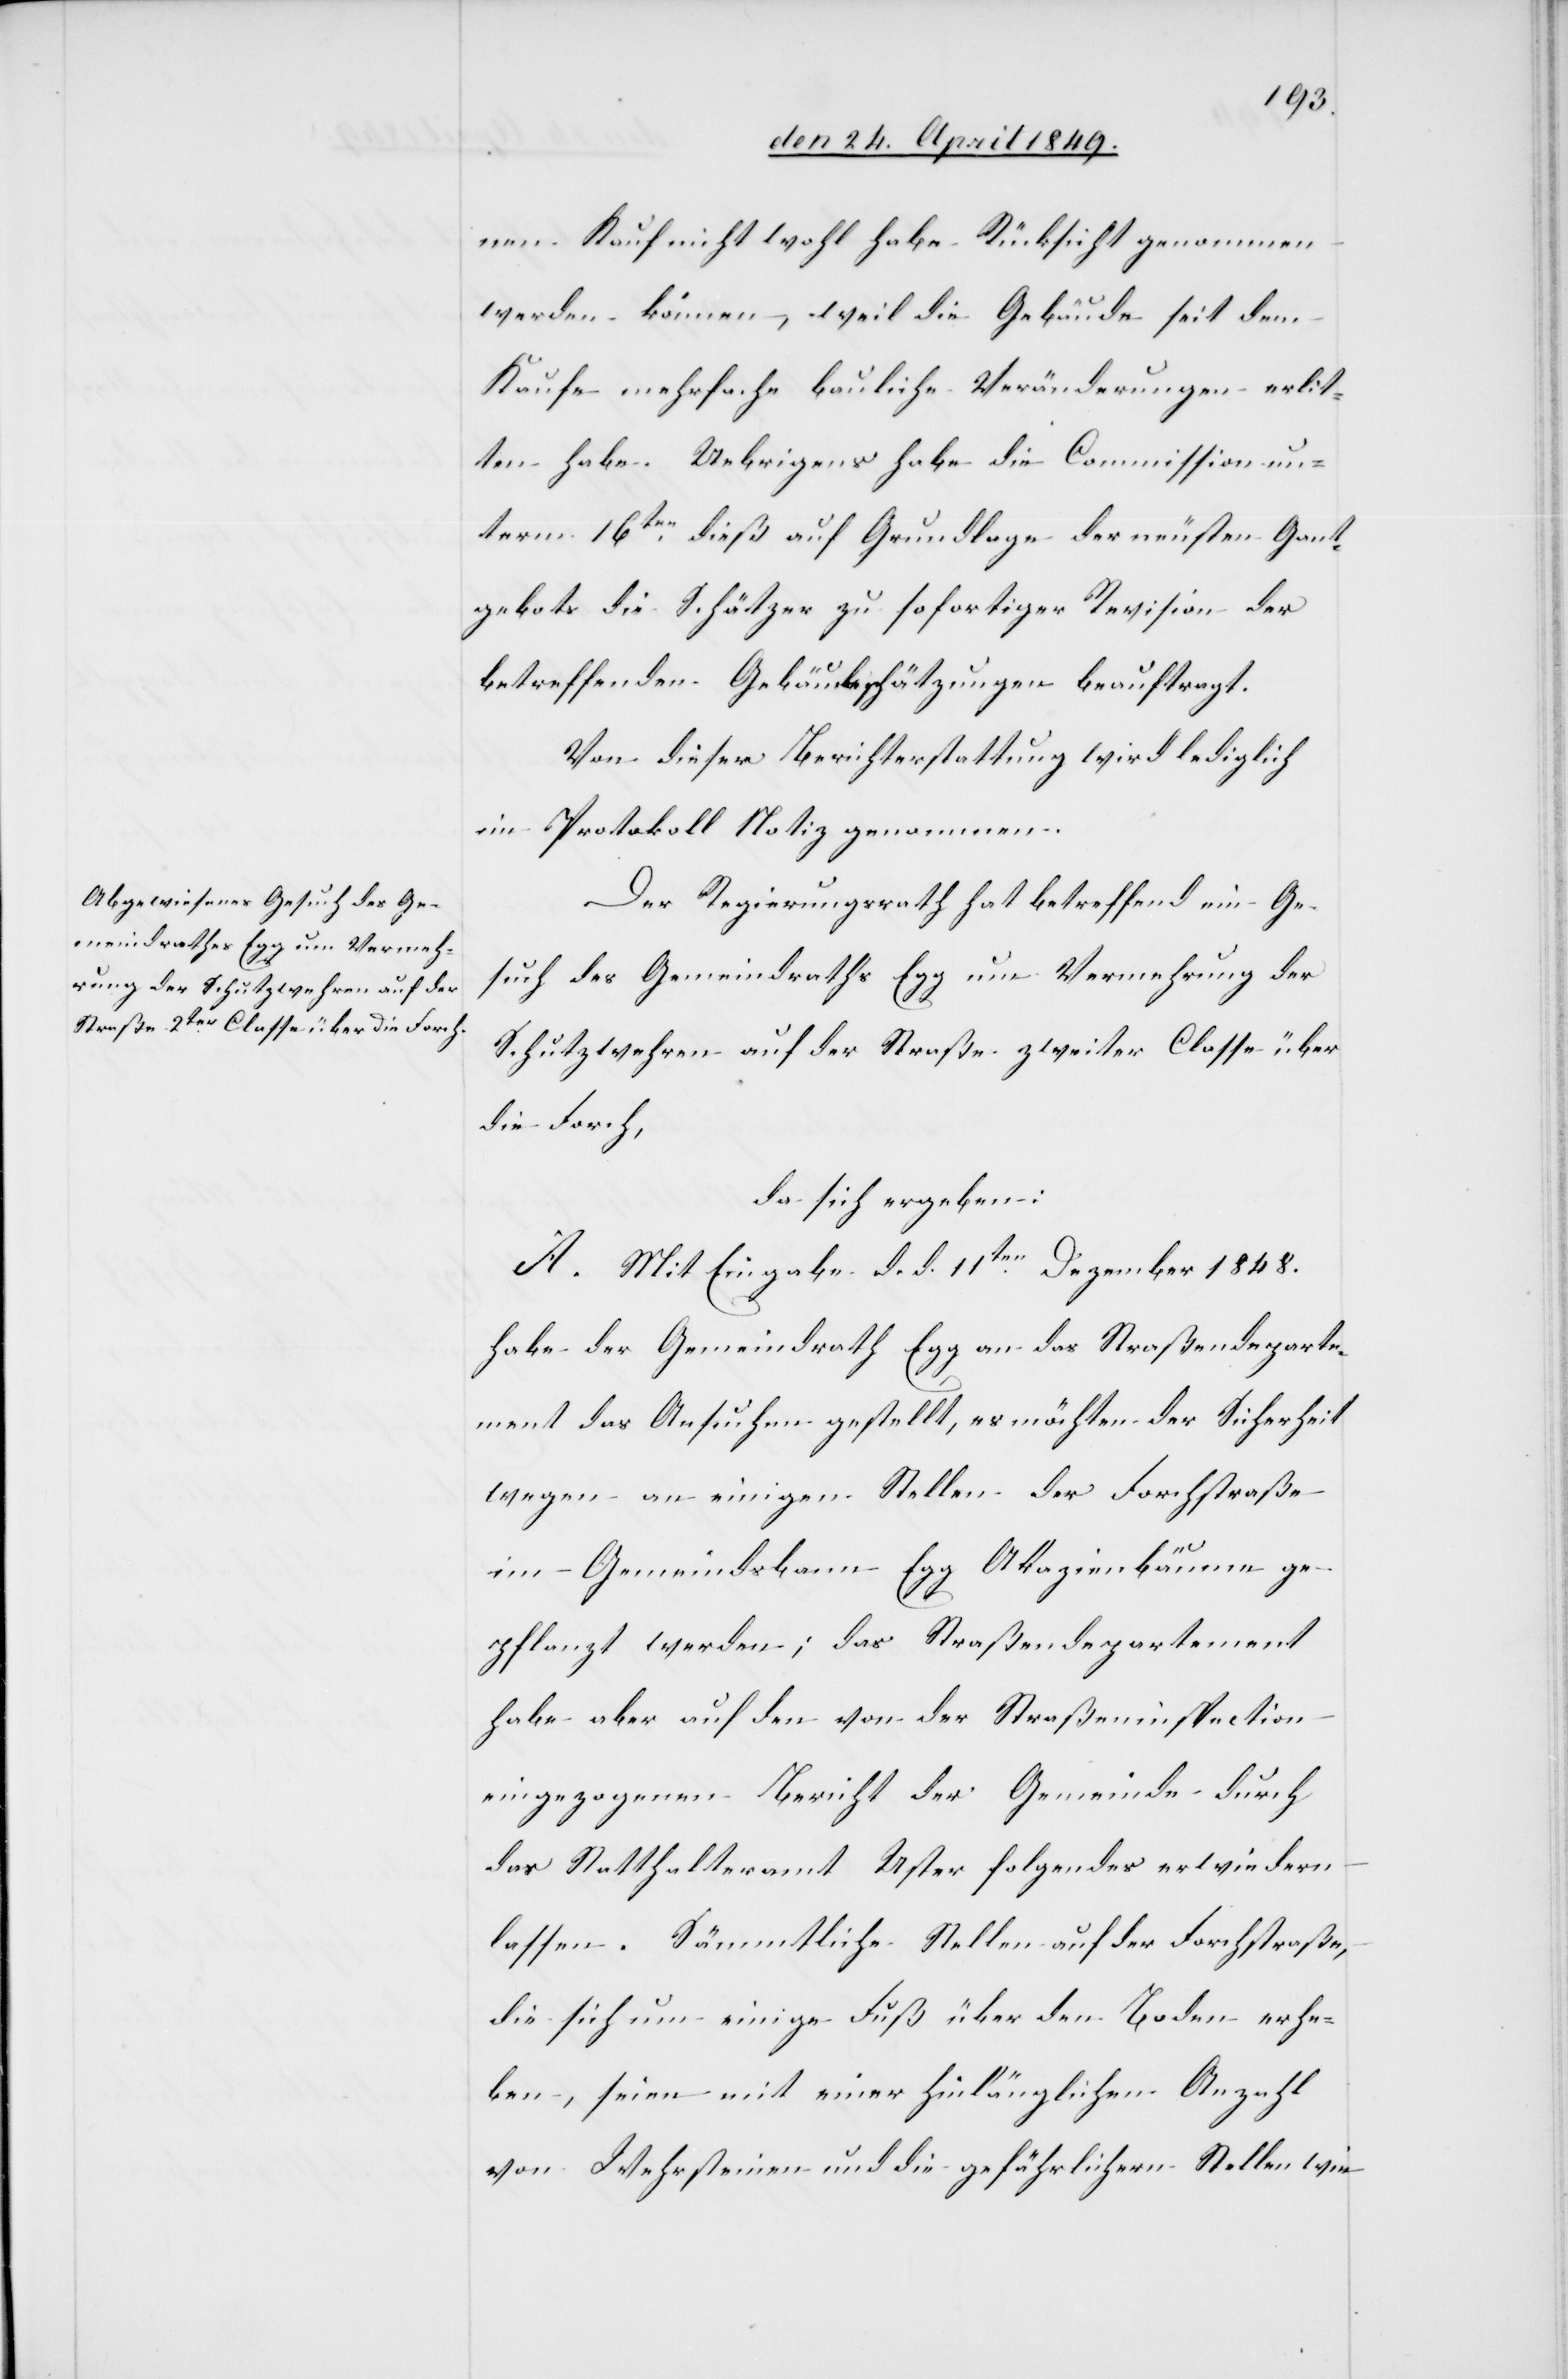
nen Kauf nicht wohl habe Rücksicht genommen
werden können, weil die Gebäude seit dem
Kaufe mehrfache bauliche Veränderungen erlit¬
ten habe. Uebrigens habe die Commission un¬
term 16ten dieß auf Grundlage der neusten Gant¬
gebots die Schätzer zu sofortiger Revision der
betreffenden Gebäudeschätzungen beauftragt.
Von dieser Berichterstattung wird lediglich
im Protokoll Notiz genommen.
Der Regierungsrath hat betreffend ein Ge¬
such des Gemeindraths Egg um Vermehrung der
Schutzwehren auf der Straße zweiter Classe über
die Forch,
da sich ergeben:
A. Mit Eingabe d. d. 11ten Dezember 1848.
habe der Gemeindrath Egg an das Straßendeparte¬
ment das Ansuchen gestellt, es möchten der Sicherheit
wegen an einigen Stellen der Forchstraße
im Gemeindsbann Egg Akazienbäume ge¬
pflanzt werden, das Straßendepartement
habe aber auf den von der Straßeninspection
eingezogenen Bericht der Gemeinde durch
das Statthalteramt Uster folgendes erwiedern
lassen. Sämmtliche Stellen auf der Forchstraße,
die sich um einige Fuß über den Boden erhe¬
ben, seien mit einer hinlänglichen Anzahl
von Wehrsteinen und die gefährlichen Stellen wie